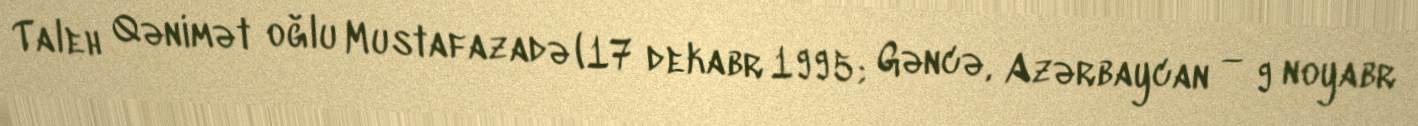
Taleh Qənimət oğlu Mustafazadə (17 dekabr 1995; Gəncə, Azərbaycan — 9 noyabr